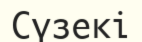
Сүзекі